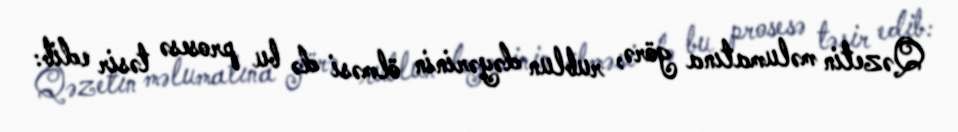
Qəzetin məlumatına görə, rublun dəyərinin ölməsi də bu prosesə təsir edib: